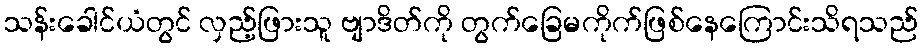
သန်းခေါင်ယံတွင် လှည့်ဖြားသူ ဗျာဒိတ်ကို တွက်ခြေမကိုက်ဖြစ်နေကြောင်းသိရသည်